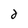
Character: 2